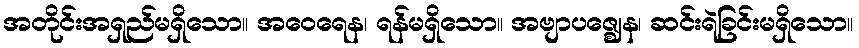
အတိုင်းအရှည်မရှိသော။ အဝေရေန၊ ရန်မရှိသော။ အဗျာပဇ္ဈေန၊ ဆင်းရဲခြင်းမရှိသော။